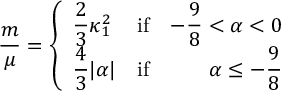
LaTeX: \frac { m } { \mu } = \left\{ \begin{array} { l c r } { { \displaystyle \frac { 2 } { 3 } \kappa _ { 1 } ^ { 2 } } } & { { \mathrm { i f } } } & { { \displaystyle - \frac { 9 } { 8 } < \alpha < 0 } } \\ { { \displaystyle \frac { 4 } { 3 } | \alpha | } } & { { \mathrm { i f } } } & { { \displaystyle \alpha \le - \frac { 9 } { 8 } } } \end{array} \right.